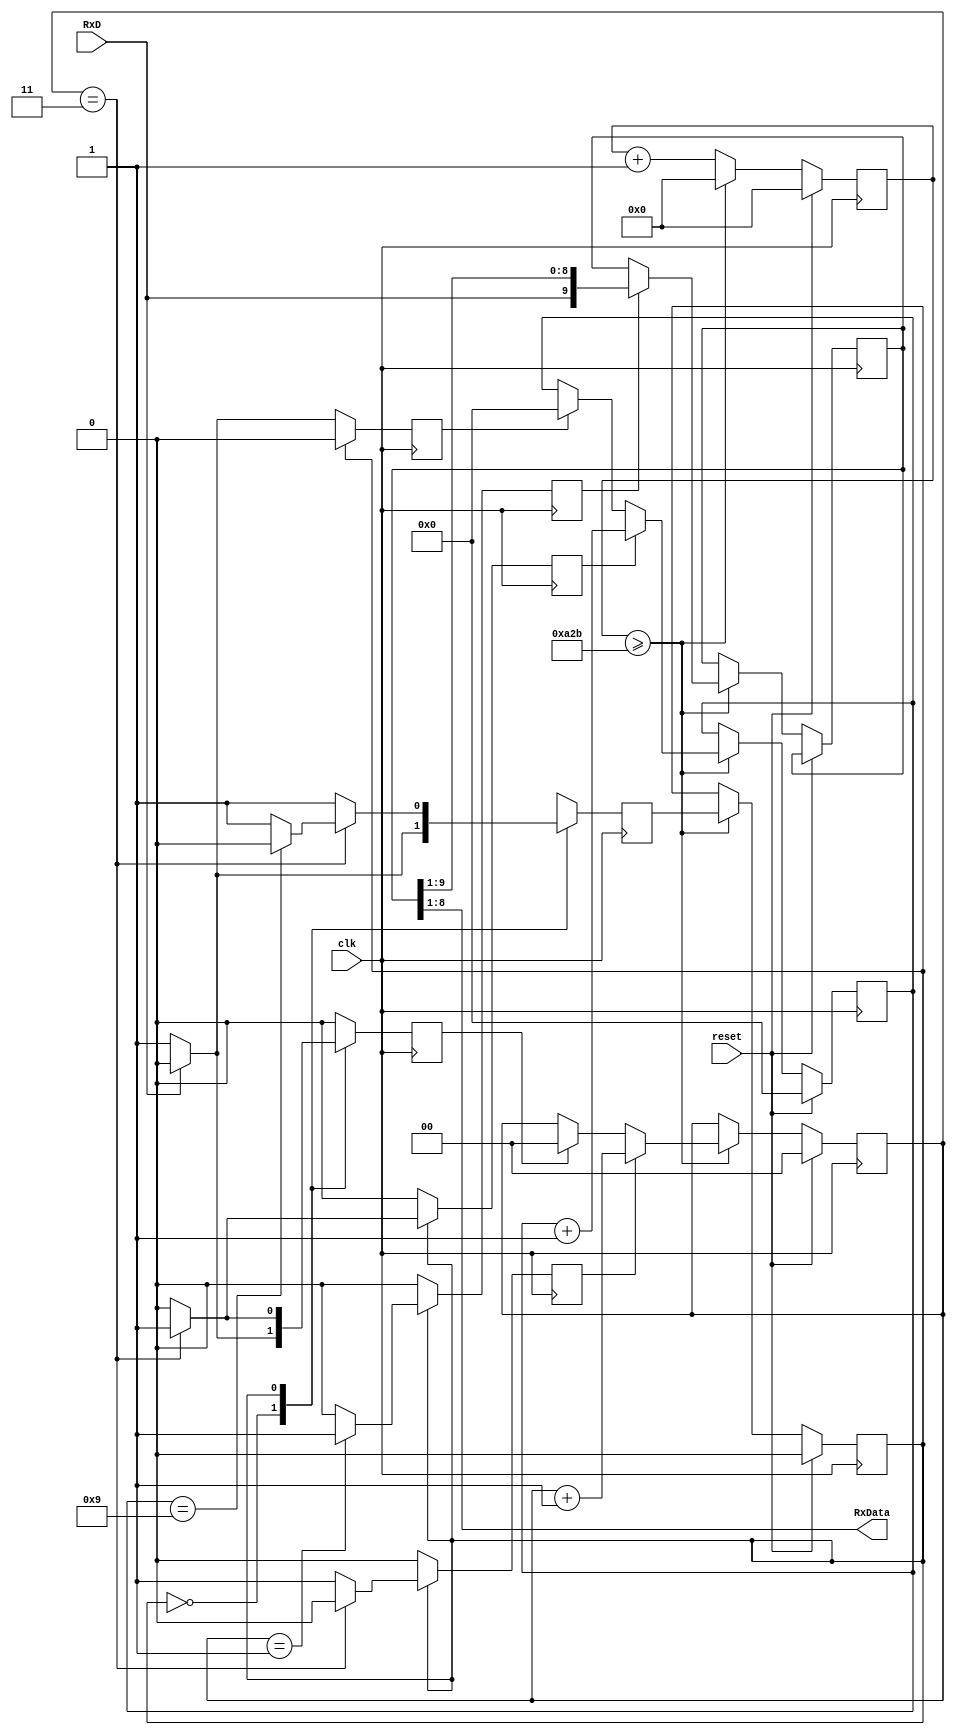
`timescale 1ns / 1ps
//////////////////////////////////////////////////////////////////////////////////
// Company: 
// Engineer: 
// 
// Design Name: 
// Module Name: receiver
// Project Name: 
// Target Devices: 
// Tool Versions: 
// Description: 
// 
// Dependencies: 
// 
// Revision:
// Revision 0.01 - File Created
// Additional Comments:
// 
//////////////////////////////////////////////////////////////////////////////////


module receiver(

input clk, //input clock
input reset, //input reset 
input RxD, //input receving data line
output [7:0]RxData // output for 8 bits data
// output [7:0]LED // output 8 LEDs
    );
    
//internal variables
reg shift; // shift signal to trigger shifting data
reg state, nextstate; // initial state and next state variable
reg [3:0] bitcounter; // 4 bits counter to count up to 9 for UART receiving
reg [1:0] samplecounter; // 2 bits sample counter to count up to 4 for oversampling
reg [13:0] counter; // 14 bits counter to count the baud rate
reg [9:0] rxshiftreg; //bit shifting register
reg clear_bitcounter,inc_bitcounter,inc_samplecounter,clear_samplecounter; //clear or increment the counter

// constants
parameter clk_freq = 100_000_000;  // system clock frequency
parameter baud_rate = 9_600; //baud rate
parameter div_sample = 4; //oversampling
parameter div_counter = clk_freq/(baud_rate*div_sample);  // this is the number we have to divide the system clock frequency to get a frequency (div_sample) time higher than (baud_rate)
parameter mid_sample = (div_sample/2);  // this is the middle point of a bit where you want to sample it
parameter div_bit = 10; // 1 start, 8 data, 1 stop


assign RxData = rxshiftreg [8:1]; // assign the RxData from the shiftregister

//UART receiver logic
always @ (posedge clk)
    begin 
        if (reset)begin // if reset is asserted
            state <=0; // set state to idle 
            bitcounter <=0; // reset the bit counter
            counter <=0; // reset the counter
            samplecounter <=0; // reset the sample counter
        end else begin // if reset is not asserted
            counter <= counter +1; // start count in the counter
            if (counter >= div_counter-1) begin // if counter reach the baud rate with sampling 
                counter <=0; //reset the counter
                state <= nextstate; // assign the state to nextstate
                if (shift)rxshiftreg <= {RxD,rxshiftreg[9:1]}; //if shift asserted, load the receiving data
                if (clear_samplecounter) samplecounter <=0; // if clear sampl counter asserted, reset sample counter
                if (inc_samplecounter) samplecounter <= samplecounter +1; //if increment counter asserted, start sample count
                if (clear_bitcounter) bitcounter <=0; // if clear bit counter asserted, reset bit counter
                if (inc_bitcounter)bitcounter <= bitcounter +1; // if increment bit counter asserted, start count bit counter
            end
        end
    end
   
//state machine

always @ (posedge clk) //trigger by clock
begin 
    shift <= 0; // set shift to 0 to avoid any shifting 
    clear_samplecounter <=0; // set clear sample counter to 0 to avoid reset
    inc_samplecounter <=0; // set increment sample counter to 0 to avoid any increment
    clear_bitcounter <=0; // set clear bit counter to 0 to avoid claring
    inc_bitcounter <=0; // set increment bit counter to avoid any count
    nextstate <=0; // set next state to be idle state
    case (state)
        0: begin // idle state
            if (RxD) // if input RxD data line asserted
              begin
              nextstate <=0; // back to idle state because RxD needs to be low to start transmission    
              end
            else begin // if input RxD data line is not asserted
                nextstate <=1; //jump to receiving state 
                clear_bitcounter <=1; // trigger to clear bit counter
                clear_samplecounter <=1; // trigger to clear sample counter
            end
        end
        1: begin // receiving state
            nextstate <= 1; // DEFAULT 
            if (samplecounter== mid_sample - 1) shift <= 1; // if sample counter is 1, trigger shift 
                if (samplecounter== div_sample - 1) begin // if sample counter is 3 as the sample rate used is 3
                    if (bitcounter == div_bit - 1) begin // check if bit counter if 9 or not
                nextstate <= 0; // back to idle state if bit counter is 9 as receving is complete
                end 
                inc_bitcounter <=1; // trigger the increment bit counter if bit counter is not 9
                clear_samplecounter <=1; //trigger the sample counter to reset the sample counter
            end else inc_samplecounter <=1; // if sample is not equal to 3, keep counting
        end
       default: nextstate <=0; //default idle state
     endcase
end         
endmodule